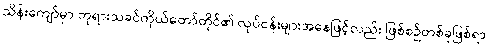
သိန်းကျော်မှာ ဘုရားသခင်ကိုယ်တော်တိုင်၏ လုပ်ငန်းများအနေဖြင့်လည်း ဖြစ်စဉ်တစ်ခုဖြစ်ရာ